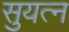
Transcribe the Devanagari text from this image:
सुयत्न